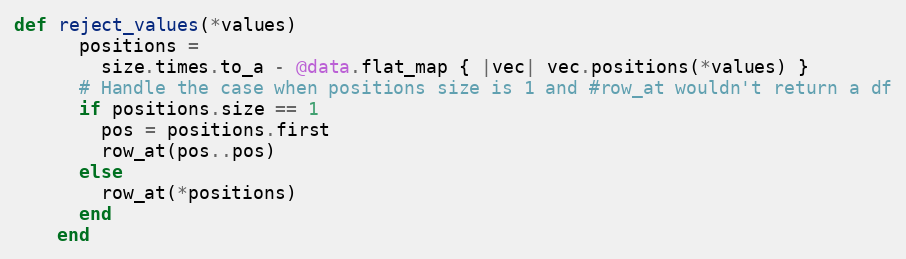
Language: Ruby
def reject_values(*values)
      positions =
        size.times.to_a - @data.flat_map { |vec| vec.positions(*values) }
      # Handle the case when positions size is 1 and #row_at wouldn't return a df
      if positions.size == 1
        pos = positions.first
        row_at(pos..pos)
      else
        row_at(*positions)
      end
    end